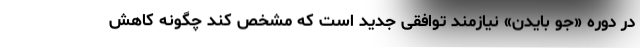
در دوره «جو بایدن» نیازمند توافقی جدید است که مشخص کند چگونه کاهش